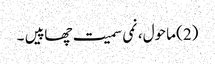
(2) ماحول، نمی سمیت چھاپیں ۔